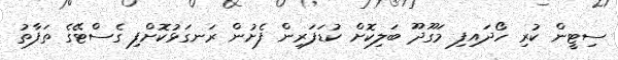
ސިޓީން ކުރި ހޯދައިފި މަގޫދޫ ބަލިކޮށް ކުޑަފަރިން ފެށުން ރަނގަޅުކޮށްފި ގެސްޓޭގެ ތަފާތު